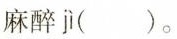
麻醉 jì ()。